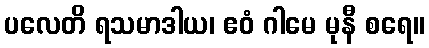
ပလေတိ ရသမာဒါယ၊ ဧဝံ ဂါမေ မုနီ စရေ။